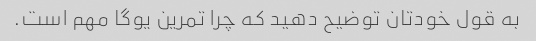
به قول خودتان توضیح دهید که چرا تمرین یوگا مهم است.